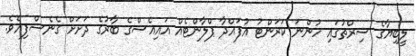
ލީބިޔާގެ ސިރްތުގައި ހުންނަ ކަރަންޓު އުފައްދާ ޕްލާންޓެއް އައިއެސްގެ ބާރުގެ ދަށަށް ގެނެސްފިއެވެ.